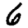
Digit: 6